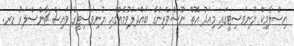
އިސްލާމިކް ޔުނިވަސިޓީގައި މިއަދު އޮތް ނޫސްވެރިންގެ ބައްދަލުވުމެއްގައި ޔުނިވަސިޓީގެ ވައިސް ޗާންސެލަރު ޑރ.